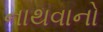
નાથવાનો